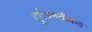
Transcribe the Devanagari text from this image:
दुर्गभ्रमंतीकडे